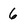
Character: 6